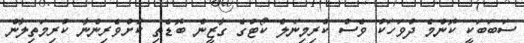
ސަބަބަކީ ކޮންމެ ދުވަހަކު ވެސް ކްރިމިނަލް ކޯޓުގެ ގާޒީން ބޮޑެތި ކުށްވެރިންނާ ކުރިމަތިލާން